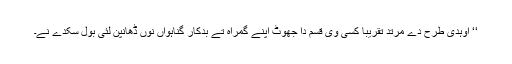
‘‘ اُوہدی طرح دے مُرتد تقریباً کسی وی قسم دا جھوٹ اپنے گمراہ تے بدکار گناہواں نوں ڈھانپن لئی بول سکدے نے۔